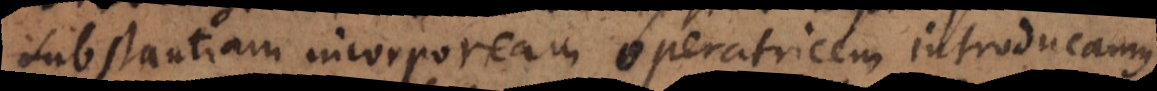
substantiam incorpoream operatricem introducamus,